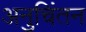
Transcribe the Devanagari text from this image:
अनुचिंतन